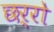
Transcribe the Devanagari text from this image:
छर्रो